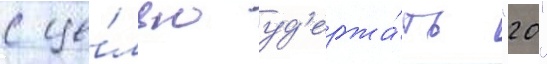
с це́лью уд'ержа́ть "20"